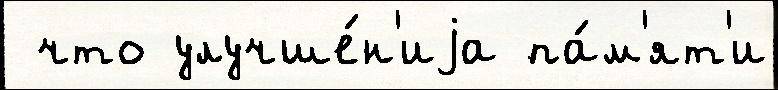
 что улучше́н'иjа па́м'ят'и